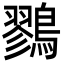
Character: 鷚